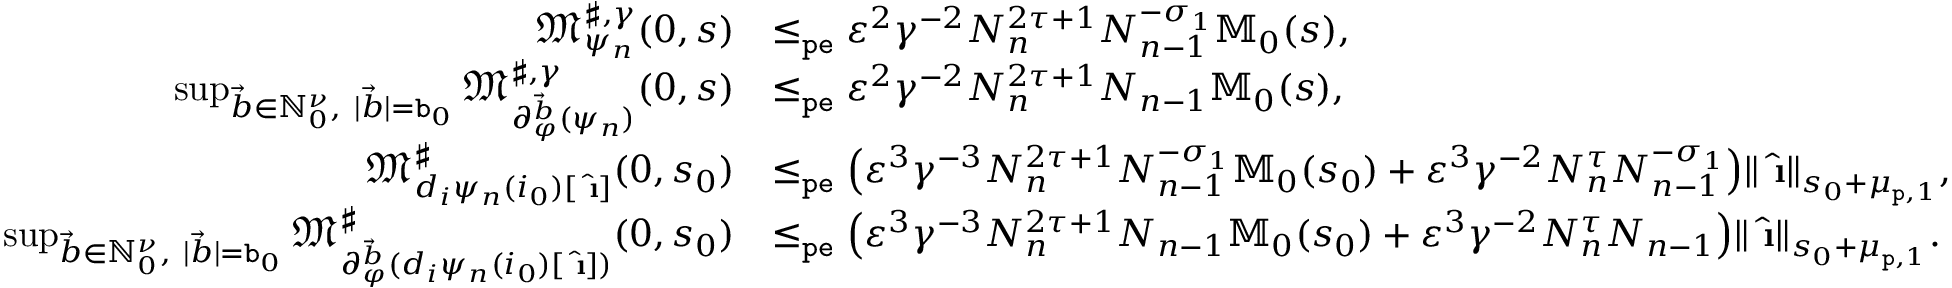
\begin{array} { r l } { \mathfrak { M } _ { \psi _ { n } } ^ { \sharp , \gamma } ( 0 , s ) } & { \le _ { \mathtt { p e } } \varepsilon ^ { 2 } \gamma ^ { - 2 } N _ { n } ^ { 2 \tau + 1 } N _ { n - 1 } ^ { - \sigma _ { 1 } } \mathbb { M } _ { 0 } ( s ) , } \\ { \operatorname* { s u p } _ { \vec { b } \in \mathbb { N } _ { 0 } ^ { \nu } , \ | \vec { b } | = \mathtt { b } _ { 0 } } \mathfrak { M } _ { \partial _ { \varphi } ^ { \vec { b } } ( \psi _ { n } ) } ^ { \sharp , \gamma } ( 0 , s ) } & { \le _ { \mathtt { p e } } \varepsilon ^ { 2 } \gamma ^ { - 2 } N _ { n } ^ { 2 \tau + 1 } N _ { n - 1 } \mathbb { M } _ { 0 } ( s ) , } \\ { \mathfrak { M } _ { d _ { i } \psi _ { n } ( i _ { 0 } ) [ \hat { \textbf { \i } } ] } ^ { \sharp } ( 0 , s _ { 0 } ) } & { \le _ { \mathtt { p e } } \left( \varepsilon ^ { 3 } \gamma ^ { - 3 } N _ { n } ^ { 2 \tau + 1 } N _ { n - 1 } ^ { - \sigma _ { 1 } } \mathbb { M } _ { 0 } ( s _ { 0 } ) + \varepsilon ^ { 3 } \gamma ^ { - 2 } N _ { n } ^ { \tau } N _ { n - 1 } ^ { - \sigma _ { 1 } } \right) \rVert \hat { \textbf { \i } } \rVert _ { s _ { 0 } + \mu _ { \mathtt { p } , 1 } } , } \\ { \operatorname* { s u p } _ { \vec { b } \in \mathbb { N } _ { 0 } ^ { \nu } , \ | \vec { b } | = \mathtt { b } _ { 0 } } \mathfrak { M } _ { \partial _ { \varphi } ^ { \vec { b } } ( d _ { i } \psi _ { n } ( i _ { 0 } ) [ \hat { \textbf { \i } } ] ) } ^ { \sharp } ( 0 , s _ { 0 } ) } & { \le _ { \mathtt { p e } } \left( \varepsilon ^ { 3 } \gamma ^ { - 3 } N _ { n } ^ { 2 \tau + 1 } N _ { n - 1 } \mathbb { M } _ { 0 } ( s _ { 0 } ) + \varepsilon ^ { 3 } \gamma ^ { - 2 } N _ { n } ^ { \tau } N _ { n - 1 } \right) \rVert \hat { \textbf { \i } } \rVert _ { s _ { 0 } + \mu _ { \mathtt { p } , 1 } } . } \end{array}